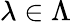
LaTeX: \lambda\in\Lambda